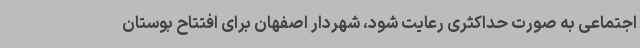
اجتماعی به صورت حداکثری رعایت شود، شهردار اصفهان برای افتتاح بوستان